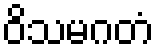
ဝိသမဂတံ